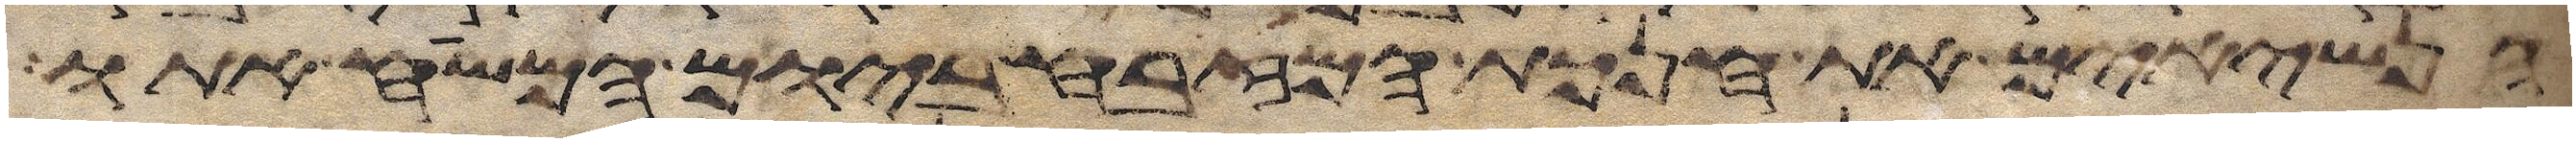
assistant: הנשיאים את חנכת המזבח ביום המשיח אתו